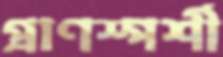
প্রাণস্পর্শী